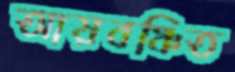
আয়বঞ্চিত